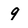
Character: 9